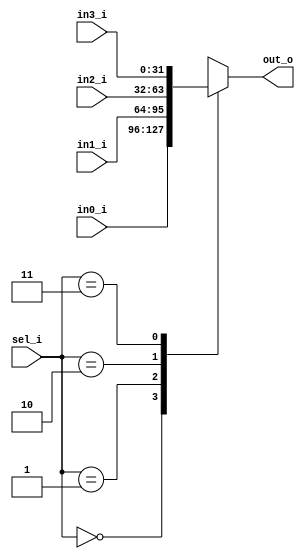
`timescale 1ns / 1ps

module mux_4_32(
    input [31:0]in0_i,
    input [31:0]in1_i,
    input [31:0]in2_i,
    input [31:0]in3_i,
    input [1:0]sel_i,
    output reg [31:0]out_o
    );
    
    always @ (in0_i or in1_i or in2_i or in3_i or sel_i) begin
    
    case(sel_i)
        2'b00:
        out_o = in0_i;
        2'b01:
        out_o = in1_i;
        2'b10:
        out_o = in2_i;
        2'b11:
        out_o = in3_i;
    endcase
    
    end
    
    
    
    
endmodule